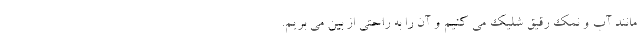
مانند آب و نمک رقیق شلیک می کنیم و آن را به راحتی از بین می بریم.